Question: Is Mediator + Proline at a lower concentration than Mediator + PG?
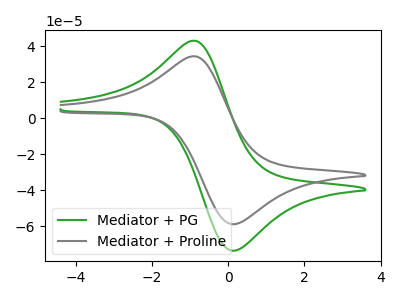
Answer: <think>The green curve "Mediator + PG" has an anodic peak at (-0.85V, 42.90uA) and a cathodic peak at (0.10V, -73.45uA). The gray curve "Mediator + Proline" has an anodic peak at (-0.85V, 34.30uA) and a cathodic peak at (0.10V, -58.75uA).
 All the peaks in "Mediator + PG" have a peak in "Mediator + Proline" at the same potential. Every peak in "Mediator + PG" is higher than every peak in "Mediator + Proline".</think>
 <answer>"Mediator + PG" has more signal than "Mediator + Proline" and so likely has a higher concentration.</answer>
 <eval>more_concentration</eval>